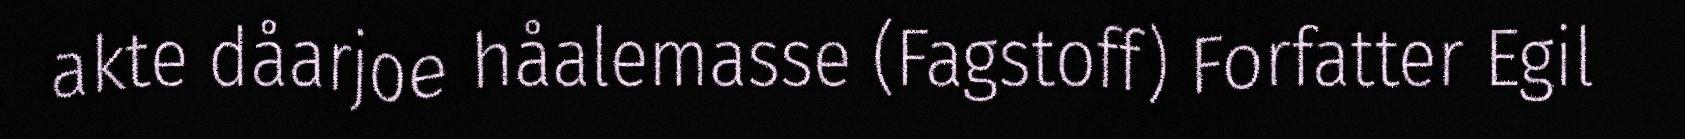
akte dåarjoe håalemasse (Fagstoff) Forfatter Egil